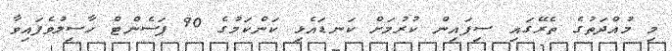
މި މުއްދަތުގެ ތެރޭގައި ސިފައިން ކުރުމަށް ކަނޑައެޅި ކަންކަމުގެ 90 ޕަސެންޓް ހާސިލުވެފައިވާ